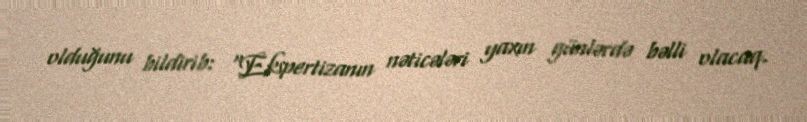
olduğunu bildirib: "Ekspertizanın nəticələri yaxın günlərdə bəlli olacaq.